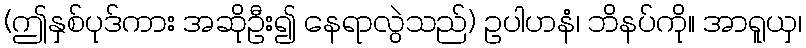
(ဤနှစ်ပုဒ်ကား အဆိုဦး၍ နေရာလွဲသည်) ဥပါဟနံ၊ ဘိနပ်ကို။ အာရူယှ၊